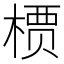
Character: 槚